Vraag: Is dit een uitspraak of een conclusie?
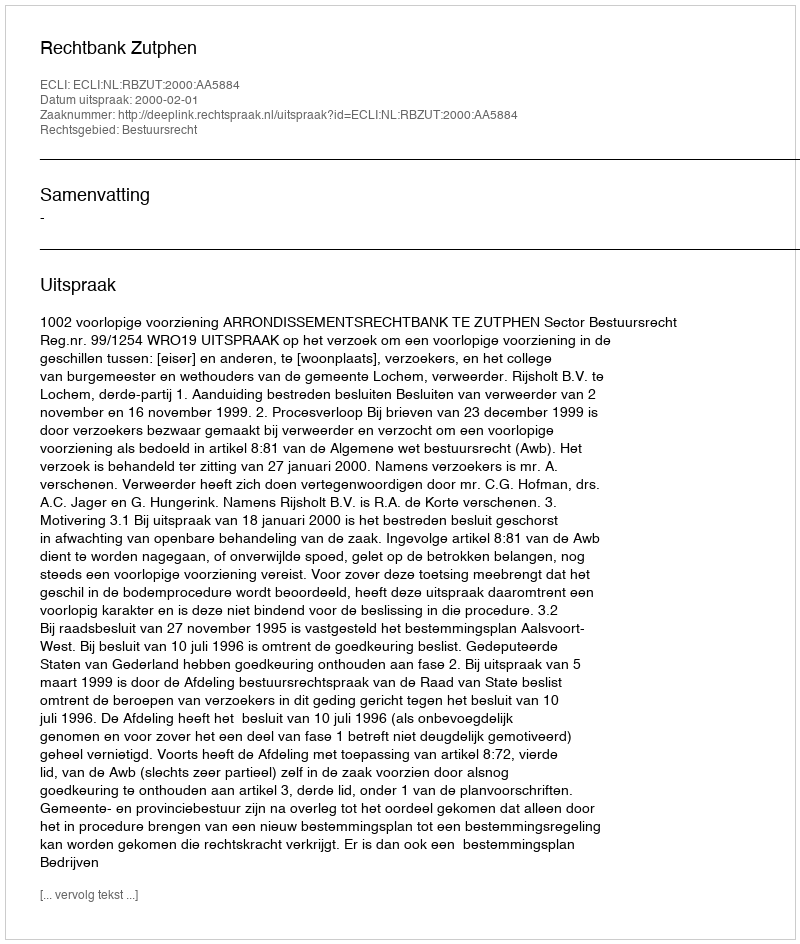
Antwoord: Uitspraak